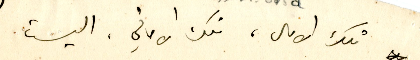
تلك الامال، تلك الاماني، اليست